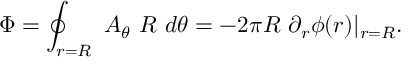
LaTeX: \Phi = \oint _ { r = R } \ A _ { \theta } \ R \ d \theta = - 2 \pi R \ \partial _ { r } \phi ( r ) \vert _ { r = R } .